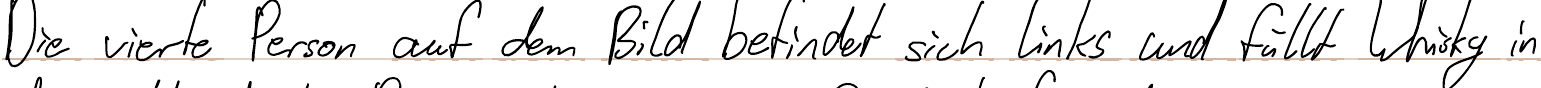
Die vierte Person auf dem Bild befindet sich links und füllt Whisky in